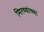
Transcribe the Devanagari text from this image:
मिरच्यांच्या